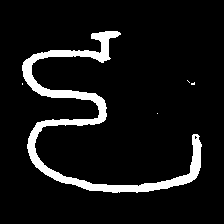
Pyu character \u2014 Myanmar letter: ဠ (romanized: lla)